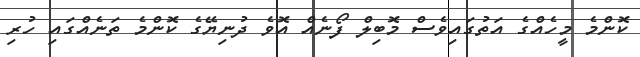
ކޮންމެ މީހެއްގެ އަތުގައިވެސް މޮބިލް ފޯނެއް އޮވެ ދުނިޔޭގެ ކޮންމެ ތަނެއްގައި ހުރި